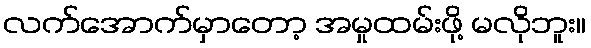
လက်အောက်မှာတော့ အမှုထမ်းဖို့ မလိုဘူး။